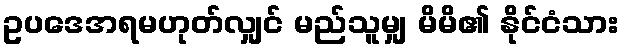
ဥပဒေအရမဟုတ်လျှင် မည်သူမျှ မိမိ၏ နိုင်ငံသား